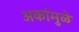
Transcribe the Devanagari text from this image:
अर्कामुळे